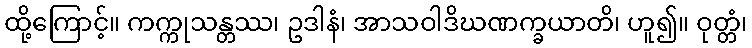
ထို့ကြောင့်။ ကက္ကုသန္တဿ၊ ဥဒါနံ၊ အာသဝါဒိဃဏက္ခယာတိ၊ ဟူ၍။ ဝုတ္တံ၊